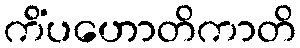
ကိံပဟောတိကာတိ